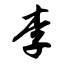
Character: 李